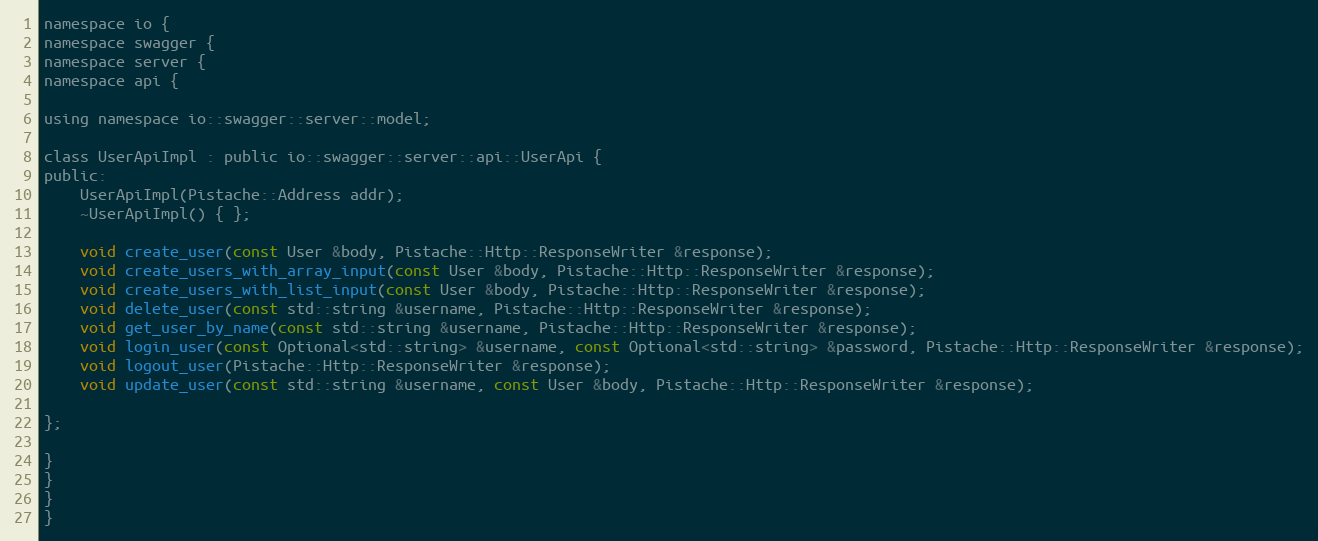
Language: C
namespace io {
namespace swagger {
namespace server {
namespace api {

using namespace io::swagger::server::model;

class UserApiImpl : public io::swagger::server::api::UserApi {
public:
    UserApiImpl(Pistache::Address addr);
    ~UserApiImpl() { };

    void create_user(const User &body, Pistache::Http::ResponseWriter &response);
    void create_users_with_array_input(const User &body, Pistache::Http::ResponseWriter &response);
    void create_users_with_list_input(const User &body, Pistache::Http::ResponseWriter &response);
    void delete_user(const std::string &username, Pistache::Http::ResponseWriter &response);
    void get_user_by_name(const std::string &username, Pistache::Http::ResponseWriter &response);
    void login_user(const Optional<std::string> &username, const Optional<std::string> &password, Pistache::Http::ResponseWriter &response);
    void logout_user(Pistache::Http::ResponseWriter &response);
    void update_user(const std::string &username, const User &body, Pistache::Http::ResponseWriter &response);

};

}
}
}
}